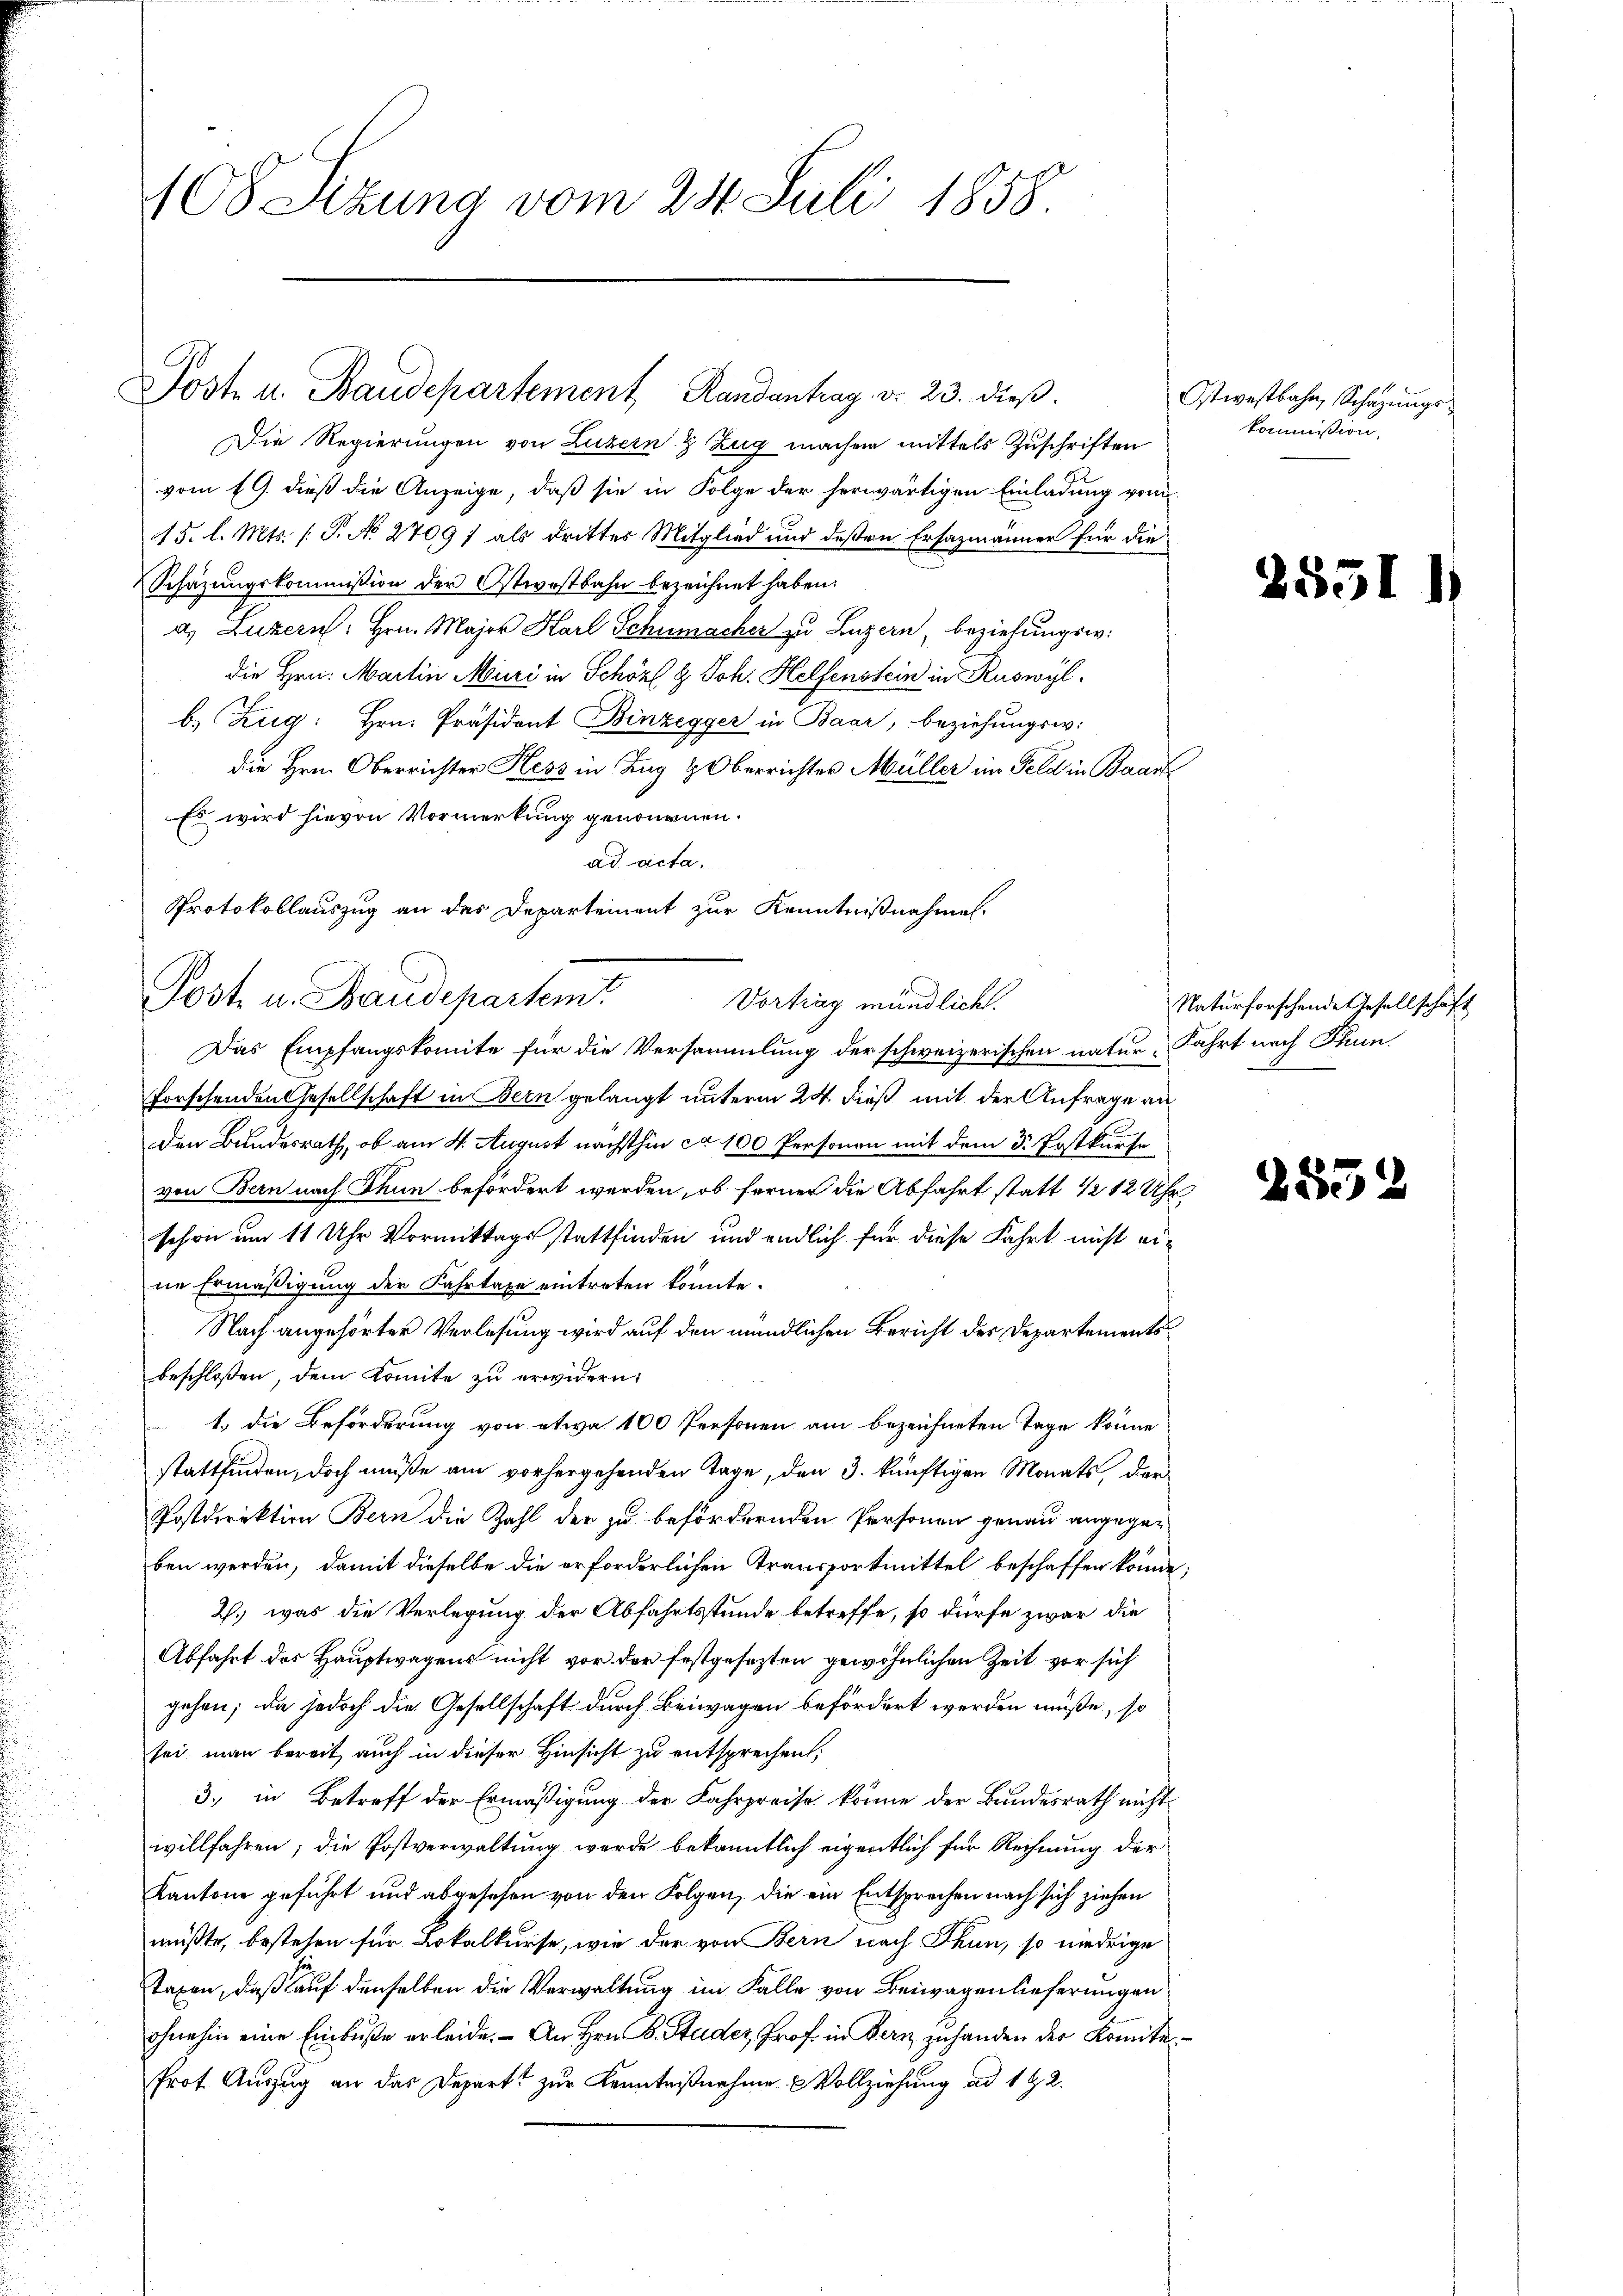
108 Sizung vom 24. Juli 1858.

Post u. Baudeparteme

Die Regierungen von Luzern & Zug machen mittels Zuschriften
vom 19. dieß die Anzeige, daß sie in Folge der herwärtigen Einladung vom
15. l. Mts. (T. No 2709) als drittes Mitglied und deßen Ersazmänner für die
Schazungskommission der Ostwostbahn bezeichnet haben.
a) Luzern: Hrn. Major Karl Schumacher zu Luzern, beziehungswi
die Hrn. Martin Muri in Schöpf & Joh. Helfenstein in Ruswyl
b.) Zug: Hrn. Präsident Binzegger in Baar, beziehungsw.
die Hrn. Oberrichter Hess in Zug & Oberrichter Müller im Feld in Baart
Es wird hievon Vormerkung genommen.
ad acta.
Das Empfangskomite für die Versammlung der schweizerischen natur. Fahrt nach Thun
forschenden Gesellschaft in Bern gelangt unterm 24. dieß mit der Anfrage anden Bundesrath, ob am 4. August nächsthin ca 100 Personen mit dem 3. Postkurse
von Bern nach Thun befördert werden, ob ferner die Abfahrt statt 12 12 Uhr
schon um 11 Uhr Vormittagsstattfinden und endlich für diese Fahrt nicht eine Ermäßigung der Fahrtaxe eintreten könnte.
Nach angehörter Verlesung wird auf den mündlichen Bericht des Departementsbeschloßen, dem Komite zu erwidern:
1.) Die Beförderung von etwa 100 Personen am bezeichneten Tage könne
stattfinden, doch müße am vorhergehenden Tage, den 3. künftigen Monats, der
Postdirektion Bern die Zahl der zu befördernden Personen genau angegeben werden, damit dieselbe die erforderlichen Transportmittel beschaffen könne;
2., was die Verlegung der Abfahrtsstunde betreffe, so dürfe zwar die
Abfahrt des Hauptwagens nicht vor der festgesezten gewöhnlichen Zeit vor sich
gehen; da jedoch die Gesellschaft durch Beiwagen befördert werden müße, so
sei man bereit auch in dieser Hinsicht zu entsprechen;
3., in Betreff der Ermäßigung der Fahrpreise könne der Bundesrath nicht
willfahren; die Postverwaltung werde bekanntlich eigentlich für Rechnung der
Kantone geführt und abgesehen von den Folgen, die ein Entsprechen nach sich ziehen
müßte, bestehen für Lokalkurse, wie der von Bern nach Thun, so niedrige
taxen, daß auf denselben die Verwaltung im Falle von Beiwagenlieferungen
ohnehin eine Einbuße erleide. An Hrn. B. Studer, Prof. in Bern zuhanden des Komite
Prot Auszug an das Depart zur Kenntnißnahme Vollziehung ad 1 G. 2.

rag. v. 23. dieß.

Protokollauszug an des Departement zur Kenntnißnahmen.
Post. u. Baudepartem
Vortrag mündlich.

Ostwestbahn, Schazungskommission,

255

2552

1

Naturforschende Gesellschaft